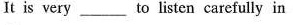
It is very __ to listen carefully in